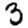
Digit: 3